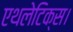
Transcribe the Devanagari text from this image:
एथलेटिक्स।